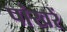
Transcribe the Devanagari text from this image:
पांखरें